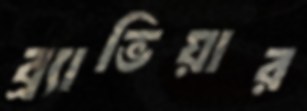
ব্র্যাভিয়ার